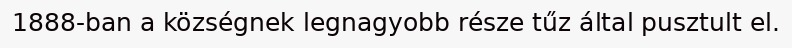
1888-ban a községnek legnagyobb része tűz által pusztult el.